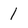
Character: 1